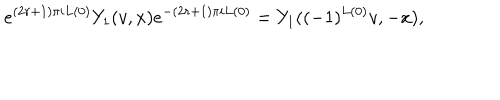
LaTeX: e ^ { ( 2 r + 1 ) \pi i L ( 0 ) } Y _ { 1 } ( v , x ) e ^ { - ( 2 r + 1 ) \pi i L ( 0 ) } = Y _ { 1 } ( ( - 1 ) ^ { L ( 0 ) } v , - x ) ,